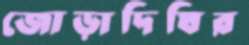
জোড়াদিঘির